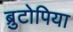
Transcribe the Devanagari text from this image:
ब्रुटोपिया